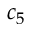
c _ { 5 }